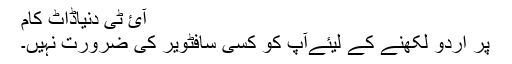
آئ ٹی دنیاڈاٹ کام
پر اردو لکھنے کے لیئےآپ کو کسی سافٹویر کی ضرورت نہیں۔